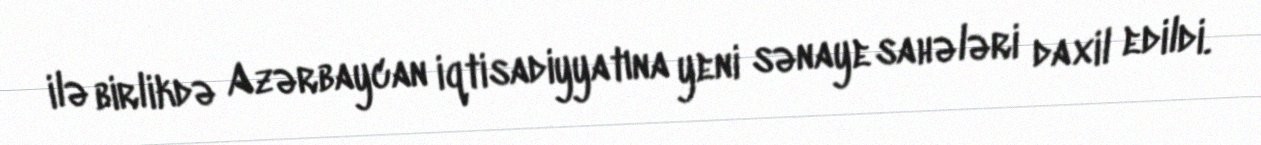
ilə birlikdə Azərbaycan iqtisadiyyatına yeni sənaye sahələri daxil edildi.